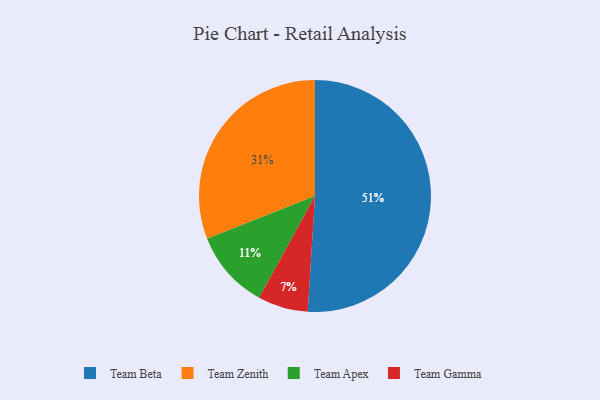
{"axis": {"x": "Category", "y": "Percentage"}, "legend": ["Team Apex", "Team Beta", "Team Gamma", "Team Zenith"], "data": [{"x": "Team Zenith", "y": 31, "type": "Team Zenith"}, {"x": "Team Apex", "y": 11, "type": "Team Apex"}, {"x": "Team Beta", "y": 51, "type": "Team Beta"}, {"x": "Team Gamma", "y": 7, "type": "Team Gamma"}]}